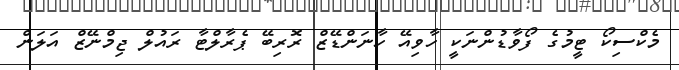
މެކްސިކޯ ޓީމުގެ ފޯވާޑުންނަކީ ހާވިއޭ ހާނަންޑޭޒް ރޮރިބޭ ޕެރާލްޓާ ރައުލް ޖިމްނޭޒް އަލަން